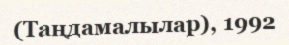
(Таңдамалылар), 1992